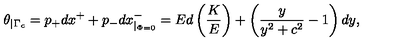
\theta _ { \mid \Gamma _ { c } } = p _ { + } d x ^ { + } + p _ { - } d x _ { \mid _ { \Phi = 0 } } ^ { - } = E d \left( \frac { K } { E } \right) + \left( \frac { y } { y ^ { 2 } + c ^ { 2 } } - 1 \right) d y ,